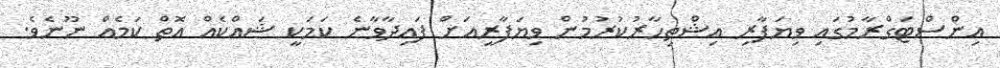
އިންސްޓަގްރާމުގައި ވިޔަފާރި އިޝްތިހާރުކުރުމުން ވިޔަފާރީއަށް ފައިދާވާނެ ކަމަކީ ޝައްކެއް އޮތް ކަމެއް ނޫނެވެ.